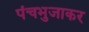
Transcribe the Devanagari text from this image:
पंचभुजाकर